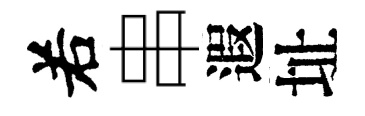
𠰥串遐址